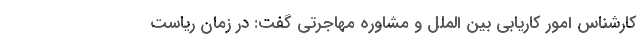
کارشناس امور کاریابی بین الملل و مشاوره مهاجرتی گفت: در زمان ریاست